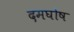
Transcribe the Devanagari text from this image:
दमघोष